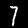
Digit: 7